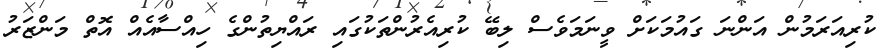
ކުރިއަރަމުން އަންނަ ގައުމަކަށް ވީނަމަވެސް ލިބޭ ކުރިއެރުންތަކުގައި ރައްޔިތުންގެ ހިއްސާއެއް އޮތް މަންޒަރު